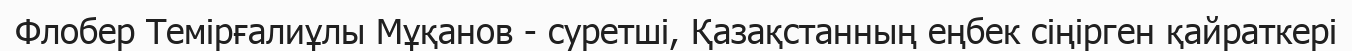
Флобер Темірғалиұлы Мұқанов - суретші, Қазақстанның еңбек сіңірген қайраткері